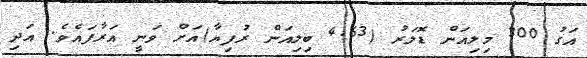
އަގު 300 މިލިއަން ޑޮލަރު (4.63 ބިލިއަން ރުފިޔާ)އަށް ވަނީ އަރާފައެވެ. އަދި